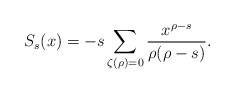
\begin{align*}S_{s}(x) = -s \sum_{\zeta(\rho) = 0} \frac{x^{\rho-s}}{\rho(\rho-s)}.\end{align*}